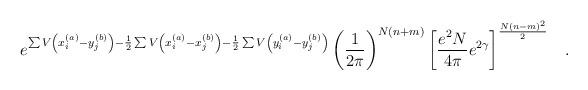
LaTeX: \begin{align*}e^{\sum V \left(x_i^{(a)} - y_j^{(b)} \right)-\frac{1}{2}\sum V \left(x_i^{(a)} - x_j^{(b)} \right)-\frac{1}{2}\sum V \left(y_i^{(a)} - y_j^{(b)} \right) }\left( \frac{1}{2\pi} \right)^{N(n+m)}\left[\frac{e^2 N}{4 \pi} e^{2\gamma} \right]^{\frac{N(n-m)^2}{2}} \; \;\; .\end{align*}